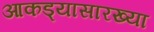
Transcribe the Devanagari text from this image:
आकड्यासारख्या